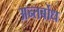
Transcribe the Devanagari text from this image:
अन्तर्बोध